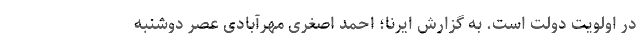
در اولویت دولت است. به گزارش ایرنا؛ احمد اصغری مهرآبادی عصر دوشنبه